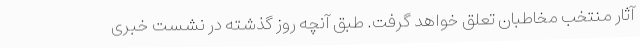
آثار منتخب مخاطبان تعلق خواهد گرفت. طبق آنچه روز گذشته در نشست خبری